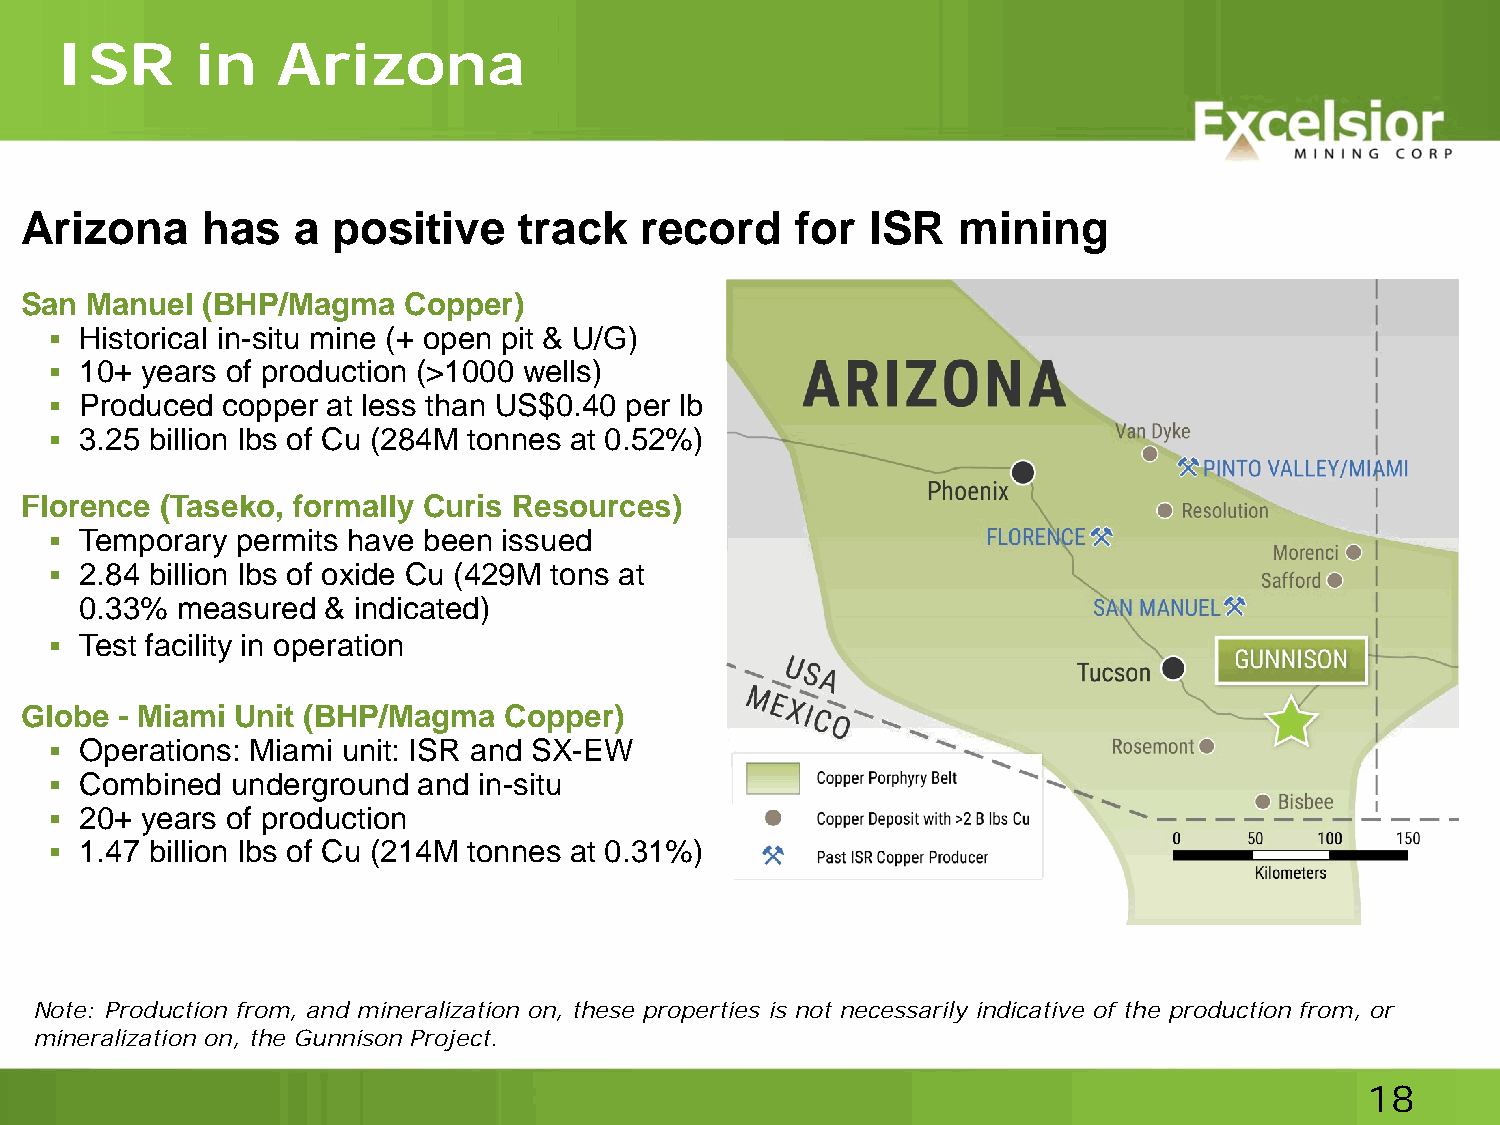
ISR      in   Arizona
 Arizona     has   a  positive    track   record     for  ISR   mining
 San  Manuel (BHP/Magma    Copper)
  Historical in-situ mine (+ open pit & U/G)
  10+ years of production (>1000 wells)
  Produced  copper at less than US$0.40 per lb
  3.25 billion lbs of Cu (284M tonnes at 0.52%)
 Florence  (Taseko, formally Curis Resources)
  Temporary  permits have been issued
  2.84 billion lbs of oxide Cu (429M tons at
 0.33%  measured & indicated)
  Test facility in operation
 Globe  - Miami Unit (BHP/Magma  Copper)
  Operations: Miami unit: ISR and SX-EW
  Combined  underground  and in-situ
  20+ years of production
  1.47 billion lbs of Cu (214M tonnes at 0.31%)
 Note: Production from, and mineralization on, these properties is not necessarily indicative of the production from, or
 mineralization on, the Gunnison Project.
 18